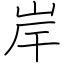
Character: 岸